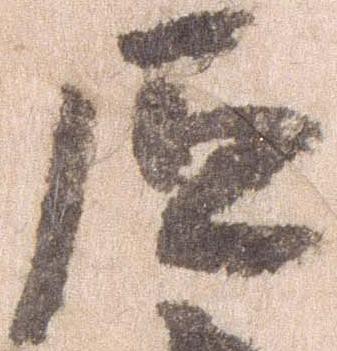
原